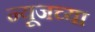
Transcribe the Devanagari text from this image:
न्यूजच्या